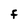
Character: F